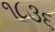
૧૮૩૬